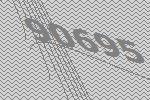
90695